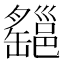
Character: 𤕆